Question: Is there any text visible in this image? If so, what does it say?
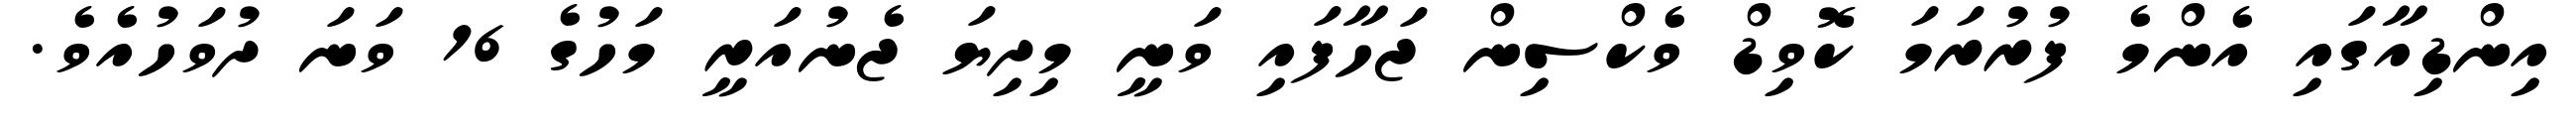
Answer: އިންޑިއާގައި އެންމެ ފުރުރަމަ ކޮވިޑް ވެކްސިން ޖަހާފައި ވަނީ މިދިޔަ ޖެނުއަރީ މަހުގެ 16 ވަނަ ދުވަހުއެވެ.